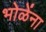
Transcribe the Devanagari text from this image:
भोळेंना